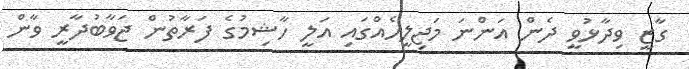
ގާޒީ ވިދާޅުވީ ދެން އަންނަ މަޖިލީހެއްގައި އަލީ ހާޝިމުގެ ފަރާތުން ޖަވާބުދާރީ ވާން